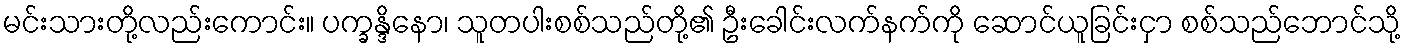
မင်းသားတို့လည်းကောင်း။ ပက္ခန္ဒိနော၊ သူတပါးစစ်သည်တို့၏ ဦးခေါင်းလက်နက်ကို ဆောင်ယူခြင်းငှာ စစ်သည်ဘောင်သို့